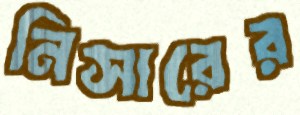
নিসারের